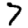
Digit: 7